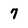
Character: 7